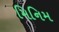
મિનિમ